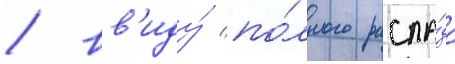
/ вв'иду́ по́лного распа́да